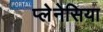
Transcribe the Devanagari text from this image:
प्लेनेसिया